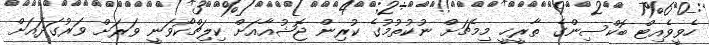
ހެވީވެއިޓް ބޮކްސިންގެ ތާރީޚީ މިމެޗަށް ނުކުތުމުގެ ކުރިން ޖޮޝުއާއަށް ކިލިޗްކޯވަނީ ވަރަށް ވަރުގަދައަށް